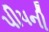
પીપની